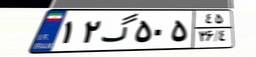
۱۲گ۵۰۵۴۵